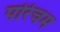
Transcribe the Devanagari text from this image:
परिचम